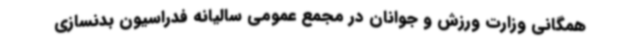
همگانی وزارت ورزش و جوانان در مجمع عمومی سالیانه فدراسیون بدنسازی